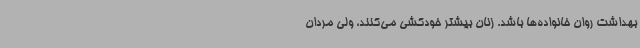
بهداشت روان خانواده‌ها باشد. زنان بیشتر خودکشی می‌کنند، ولی مردان